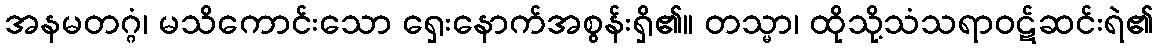
အနမတဂ္ဂံ၊ မသိကောင်းသော ရှေးနောက်အစွန်းရှိ၏။ တသ္မာ၊ ထိုသို့သံသရာဝဋ်ဆင်းရဲ၏